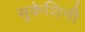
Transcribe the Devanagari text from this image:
सुकेशिनी